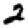
Digit: 2